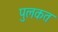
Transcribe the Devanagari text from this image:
पुलकत